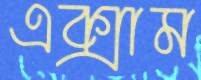
এক্সাম